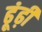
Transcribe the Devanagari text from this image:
ढूंढ़ी